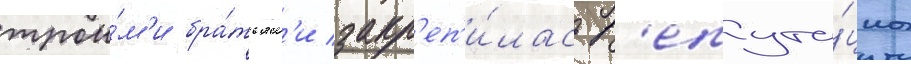
трои́м'и бра́тьям'и закр'еп'и́лась р'епута́циа